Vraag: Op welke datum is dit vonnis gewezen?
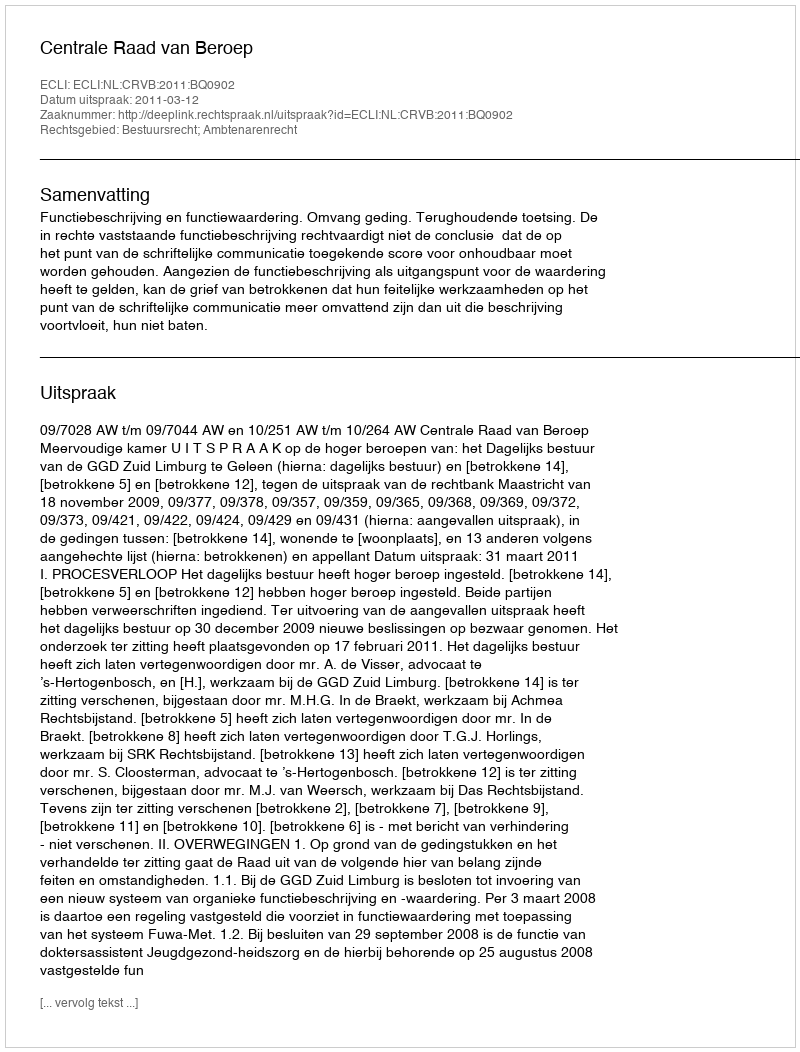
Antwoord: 2011-03-12